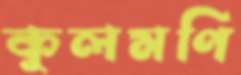
কুলমণি